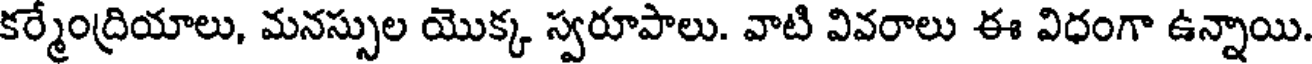
కర్మేంద్రియాలు, మనస్సుల యొక్క స్వరూపాలు. వాటి వివరాలు ఈ విధంగా ఉన్నాయి.